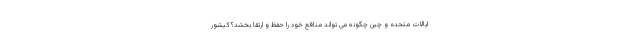
ایالات متحده و چین چگونه می تواند منافع خود را حفظ و ارتقا بخشد؟ کیشور